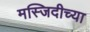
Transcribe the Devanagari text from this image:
मस्जिदीच्या